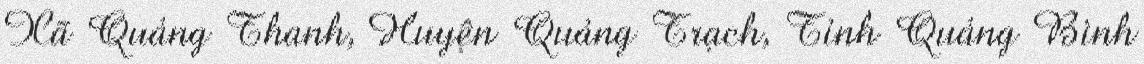
Xã Quảng Thanh, Huyện Quảng Trạch, Tỉnh Quảng Bình